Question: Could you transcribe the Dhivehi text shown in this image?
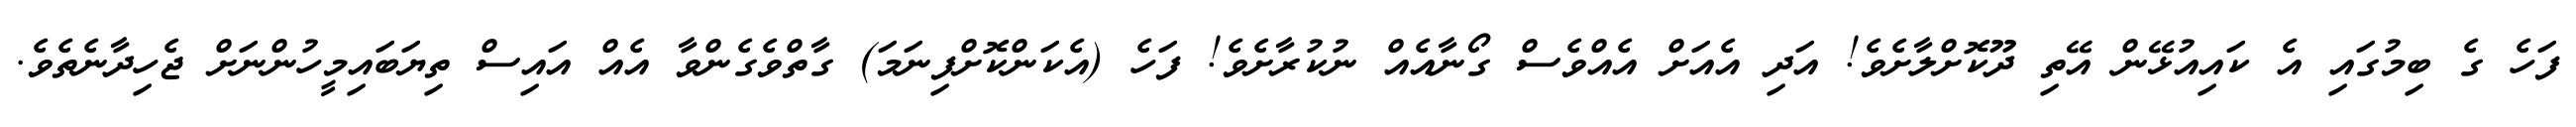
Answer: ފަހެ ގެ ބިމުގައި އެ ކައިއުޅޭން އޭތި ދޫކޮށްލާށެވެ! އަދި އެއަށް އެއްވެސް ގޯނާއެއް ނުކުރާށެވެ! ފަހެ (އެކަންކޮށްފިނަމަ) ގާތްވެގެންވާ އެއް އައިސް ތިޔަބައިމީހުންނަށް ޖެހިދާނެތެވެ.